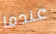
عندما